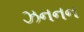
ઝનનન